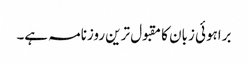
براہوئی زبان کا مقبول ترین روزنامہ ہے۔